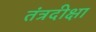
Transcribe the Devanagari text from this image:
तंत्रदीक्षा